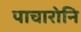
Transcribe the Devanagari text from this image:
पाचारोनि